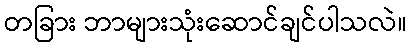
တခြား ဘာများသုံးဆောင်ချင်ပါသလဲ။